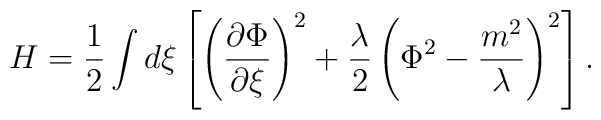
H=\frac{1}{2}\int d\xi \left[\left(\frac{\partial \Phi}{\partial\xi}\right)^2+\frac{\lambda}{2}\left(\Phi^2-\frac{m^2}{\lambda}\right)^2\right].